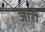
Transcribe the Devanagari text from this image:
जारीं